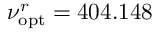
\nu _ { \mathrm { o p t } } ^ { r } = 4 0 4 . 1 4 8